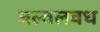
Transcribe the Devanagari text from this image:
बल्वलवध